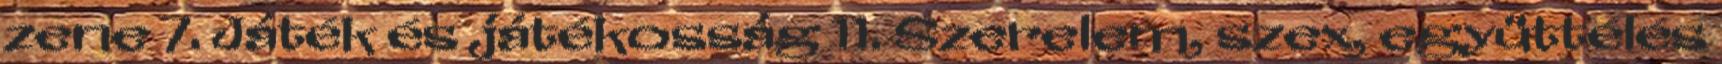
zene 7. Játék és játékosság 11. Szerelem, szex, együttélés